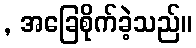
, အခြေစိုက်ခဲ့သည်။